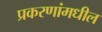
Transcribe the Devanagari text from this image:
प्रकरणांमधील